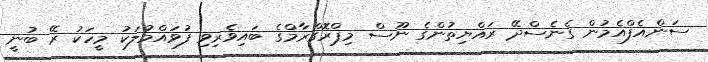
ސަންއެފްއެމުން ގެނެސްދޭ ރައްޔިތުންގެ ނޫސް މިޕްރޮގްރާމްގެ ބައިވެރިވި ފުވައްމުލަކު މީހަކު ރޭ ބުނީ